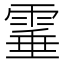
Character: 𩃒